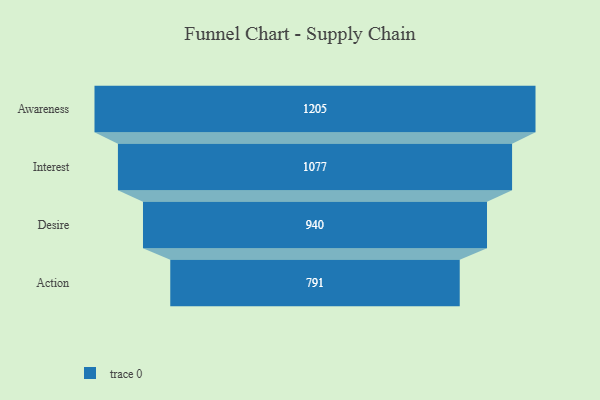
{"axis": {"x": "Stage", "y": "Value"}, "legend": [""], "data": [{"x": "Awareness", "y": 1205.0, "type": ""}, {"x": "Interest", "y": 1077.0, "type": ""}, {"x": "Desire", "y": 940.0, "type": ""}, {"x": "Action", "y": 791.0, "type": ""}]}